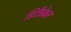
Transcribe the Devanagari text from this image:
डिटैचेबल